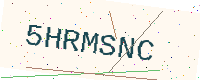
Text: 5HRMSNC